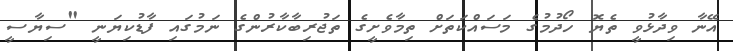
އޭނާ ވިދާޅުވީ ތެޔޮ ހޯދުމުގެ މަސައްކަތަށް ތިމާވެށީގެ ތަޖުރިބާކާރުންގެ ނަމުގައި ފާޑުކިޔަނީ "ސިޔާސީ